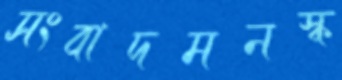
সংবাদমনস্ক